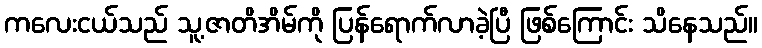
ကလေးငယ်သည် သူ့ဇာတိအိမ်ကို ပြန်ရောက်လာခဲ့ပြီ ဖြစ်ကြောင်း သိနေသည်။